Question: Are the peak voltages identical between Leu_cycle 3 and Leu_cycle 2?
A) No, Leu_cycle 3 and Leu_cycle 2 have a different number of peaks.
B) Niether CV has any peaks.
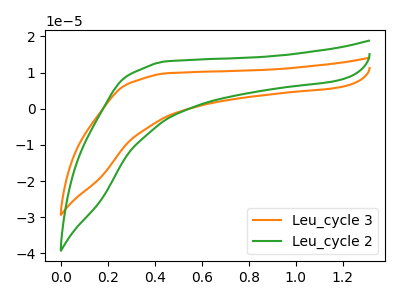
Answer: <think>The orange curve "Leu_cycle 3" has no peaks. The green curve "Leu_cycle 2" has no peaks.</think>
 <answer>B) Niether CV has any peaks.</answer>
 <eval>B</eval>